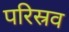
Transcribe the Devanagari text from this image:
परिस्रव